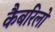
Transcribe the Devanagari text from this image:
कैबरिलो